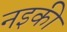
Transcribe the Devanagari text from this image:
नइकी